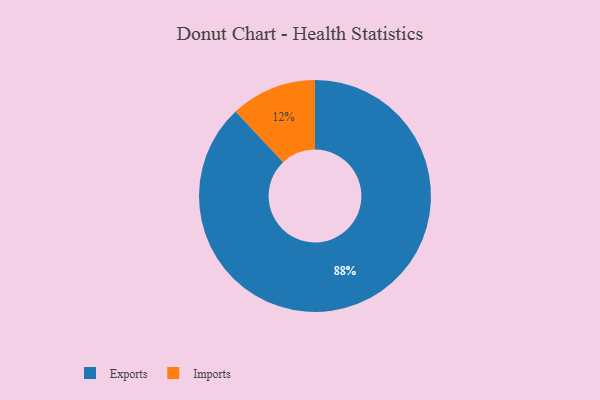
{"axis": {"x": "Category", "y": "Percentage"}, "legend": ["Exports", "Imports"], "data": [{"x": "Imports", "y": 12, "type": "Imports"}, {"x": "Exports", "y": 88, "type": "Exports"}]}